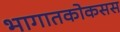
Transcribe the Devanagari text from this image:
भागातकोकसस